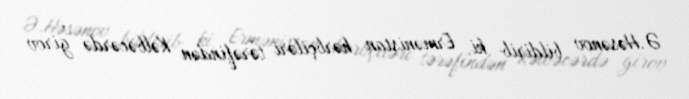
Ə.Həsənov bildirib ki, Ermənistan hərbçiləri tərəfindən Kəlbəcərdə girov